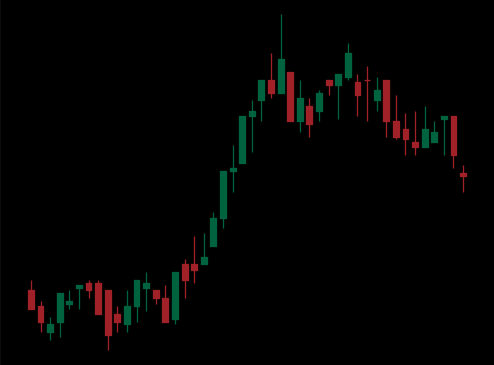
Pattern: bear_flag